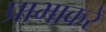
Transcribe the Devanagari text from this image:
प्राभाकरे